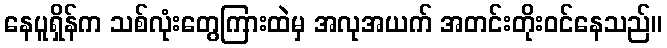
နေပူရှိန်က သစ်လုံးတွေကြားထဲမှ အလုအယက် အတင်းတိုးဝင်နေသည်။